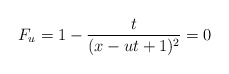
\begin{align*}F_u = 1 - \frac{t}{(x-ut+1)^2} = 0\end{align*}